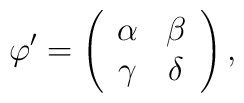
\varphi' = \left( \begin{array}{cc}\alpha & \beta \\\gamma & \delta\end{array} \right),